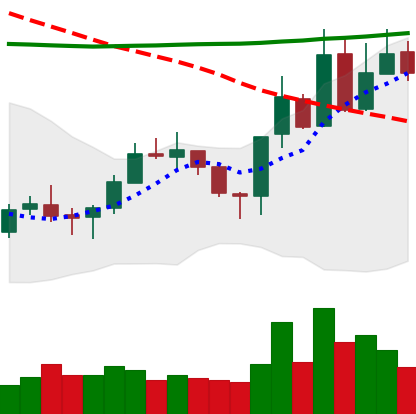
Ticker: XLM-USD
Chart end date: 2020-10-23
Forward return: -6.209%
Label: down_5_7